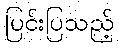
ပြင်းပြသည့်